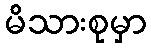
မိသားစုမှာ